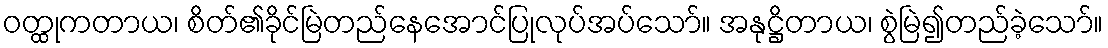
ဝတ္ထုကတာယ၊ စိတ်၏ခိုင်မြဲတည်နေအောင်ပြုလုပ်အပ်သော်။ အနုဋ္ဌိတာယ၊ စွဲမြဲ၍တည်ခဲ့သော်။